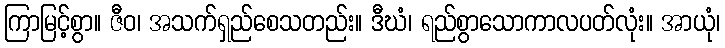
ကြာမြင့်စွာ။ ဇီဝ၊ အသက်ရှည်စေသတည်း။ ဒီဃံ၊ ရည်စွာသောကာလပတ်လုံး။ အာယုံ၊